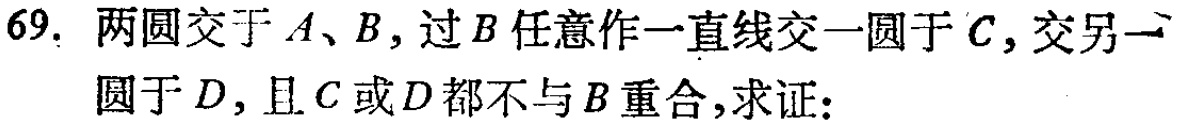
69. 两圆交于\(A\)、\(B\)，过\(B\)任意作一直线交一圆于\(C\)，交另一圆于\(D\)，且\(C\)或\(D\)都不与\(B\)重合，求证：